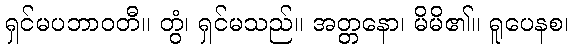
ရှင်မပဘာဝတီ။ တွံ၊ ရှင်မသည်။ အတ္တနော၊ မိမိ၏။ ရူပေနစ၊